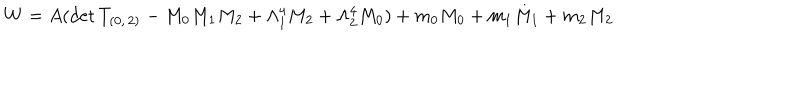
W = A ( \mathrm { d e t } \, T _ { ( 0 , \, 2 ) } - M _ { 0 } M _ { 1 } M _ { 2 } + \Lambda _ { 1 } ^ { 4 } M _ { 2 } + \Lambda _ { 2 } ^ { 4 } M _ { 0 } ) + m _ { 0 } M _ { 0 } + m _ { 1 } M _ { 1 } + m _ { 2 } M _ { 2 }